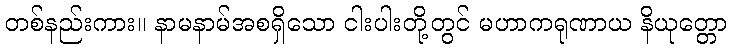
တစ်နည်းကား။ နာမနာမ်အစရှိသော ငါးပါးတို့တွင် မဟာကရုဏာယ နိယုတ္တော